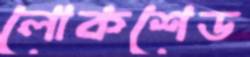
লোকশেড